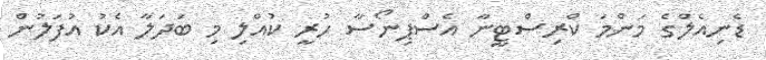
ޑެނިއެލްގެ މަންމަ ކްރިސްޓީނާ އެސްޕިނޯސާ ހުރީ ކުއްލި މި ބަދަލާ އެކު އުފަލުން